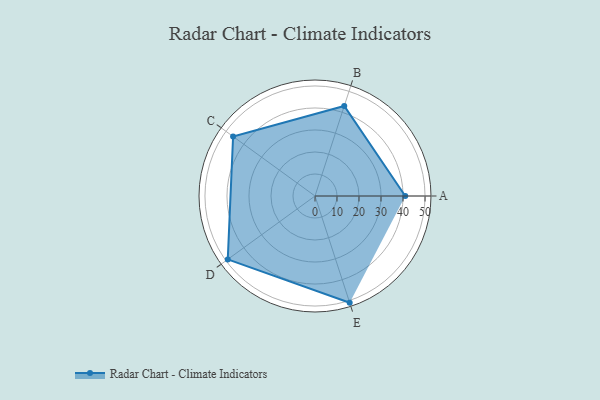
{"axis": {"x": "Skill", "y": "Score"}, "legend": ["Profile"], "data": [{"x": "A", "y": 41.0, "type": "Profile"}, {"x": "B", "y": 43.0, "type": "Profile"}, {"x": "C", "y": 46.0, "type": "Profile"}, {"x": "D", "y": 49.0, "type": "Profile"}, {"x": "E", "y": 51.0, "type": "Profile"}]}